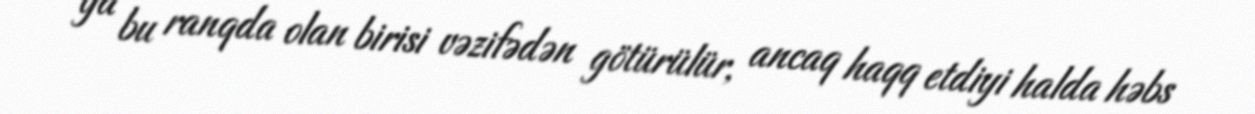
ya bu ranqda olan birisi vəzifədən götürülür, ancaq haqq etdiyi halda həbs